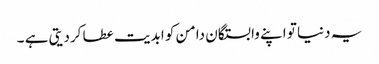
یہ دنیا تو اپنے وابستگان دامن کو ابدیت عطا کردیتی ہے ۔